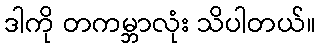
ဒါကို တကမ္ဘာလုံး သိပါတယ်။